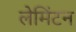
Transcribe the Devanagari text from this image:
लेमिंटन